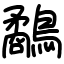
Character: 鷸